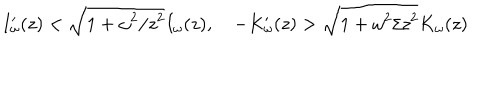
I _ { \omega } ^ { \prime } ( z ) < \sqrt { 1 + \omega ^ { 2 } / z ^ { 2 } } I _ { \omega } ( z ) , \quad - K _ { \omega } ^ { \prime } ( z ) > \sqrt { 1 + \omega ^ { 2 } / z ^ { 2 } } K _ { \omega } ( z )